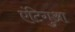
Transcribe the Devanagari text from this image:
एंटिगुआ